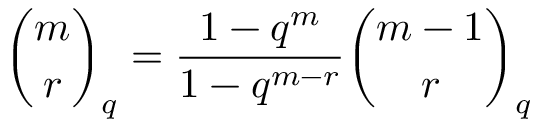
{ \binom { m } { r } } _ { q } = { \frac { 1 - q ^ { m } } { 1 - q ^ { m - r } } } { \binom { m - 1 } { r } } _ { q }